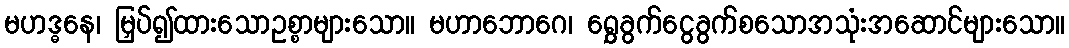
မဟဒ္ဓနေ၊ မြှပ်၍ထားသောဥစ္စာများသော။ မဟာဘောဂေ၊ ရွှေခွက်ငွေခွက်စသောအသုံးအဆောင်များသော။